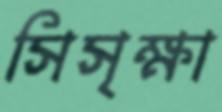
সিসৃক্ষা